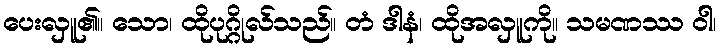
ပေးလှူ၏။ သော၊ ထိုပုဂ္ဂိုလ်သည်။ တံ ဒါနံ၊ ထိုအလှူကို။ သမဏဿ ဝါ၊